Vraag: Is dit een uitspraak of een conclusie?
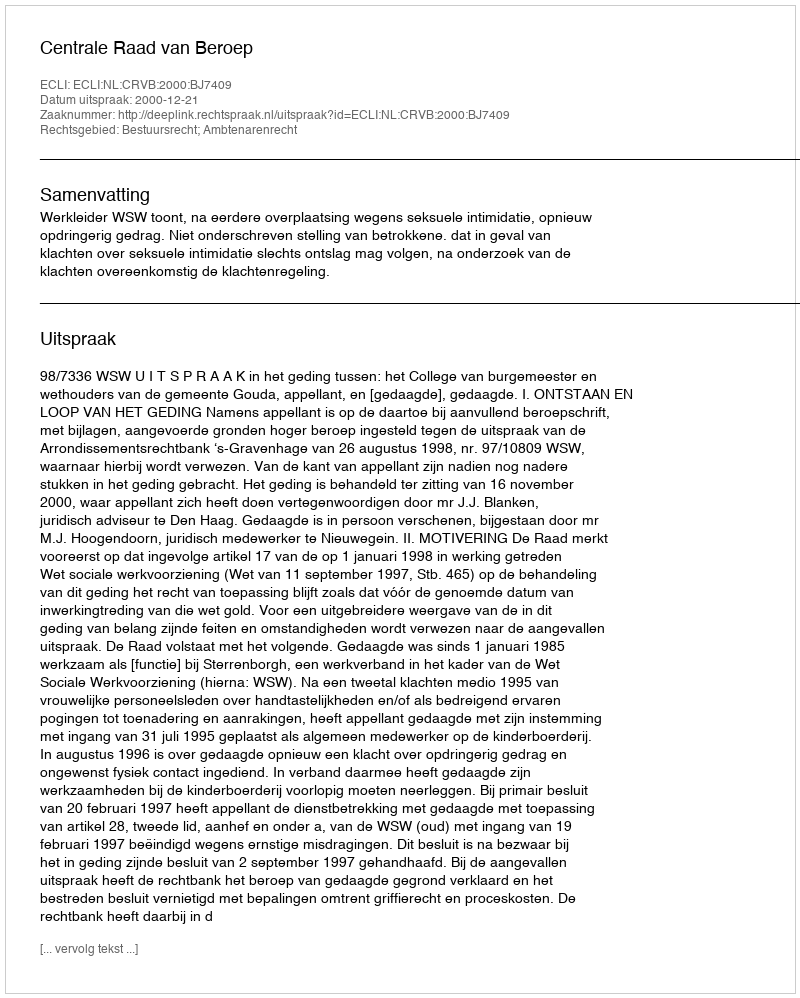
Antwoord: Uitspraak